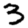
Digit: 3